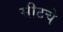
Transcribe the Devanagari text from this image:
सीटचे